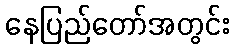
နေပြည်တော်အတွင်း